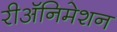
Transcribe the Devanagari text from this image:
रीअॅनिमेशन